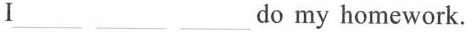
I___ ___ ___do my homework.